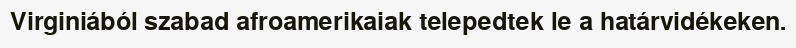
Virginiából szabad afroamerikaiak telepedtek le a határvidékeken.